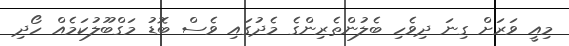
މިއީ ވަރަށް ގިނަ ދިވެހި ބެލުންތެރިންގެ މެދުގައި ވެސް ބޮޑު މަގްބޫލުކަމެއް ހޯދި